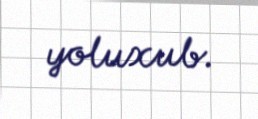
yoluxub.